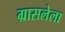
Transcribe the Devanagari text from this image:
ग्रासलेला